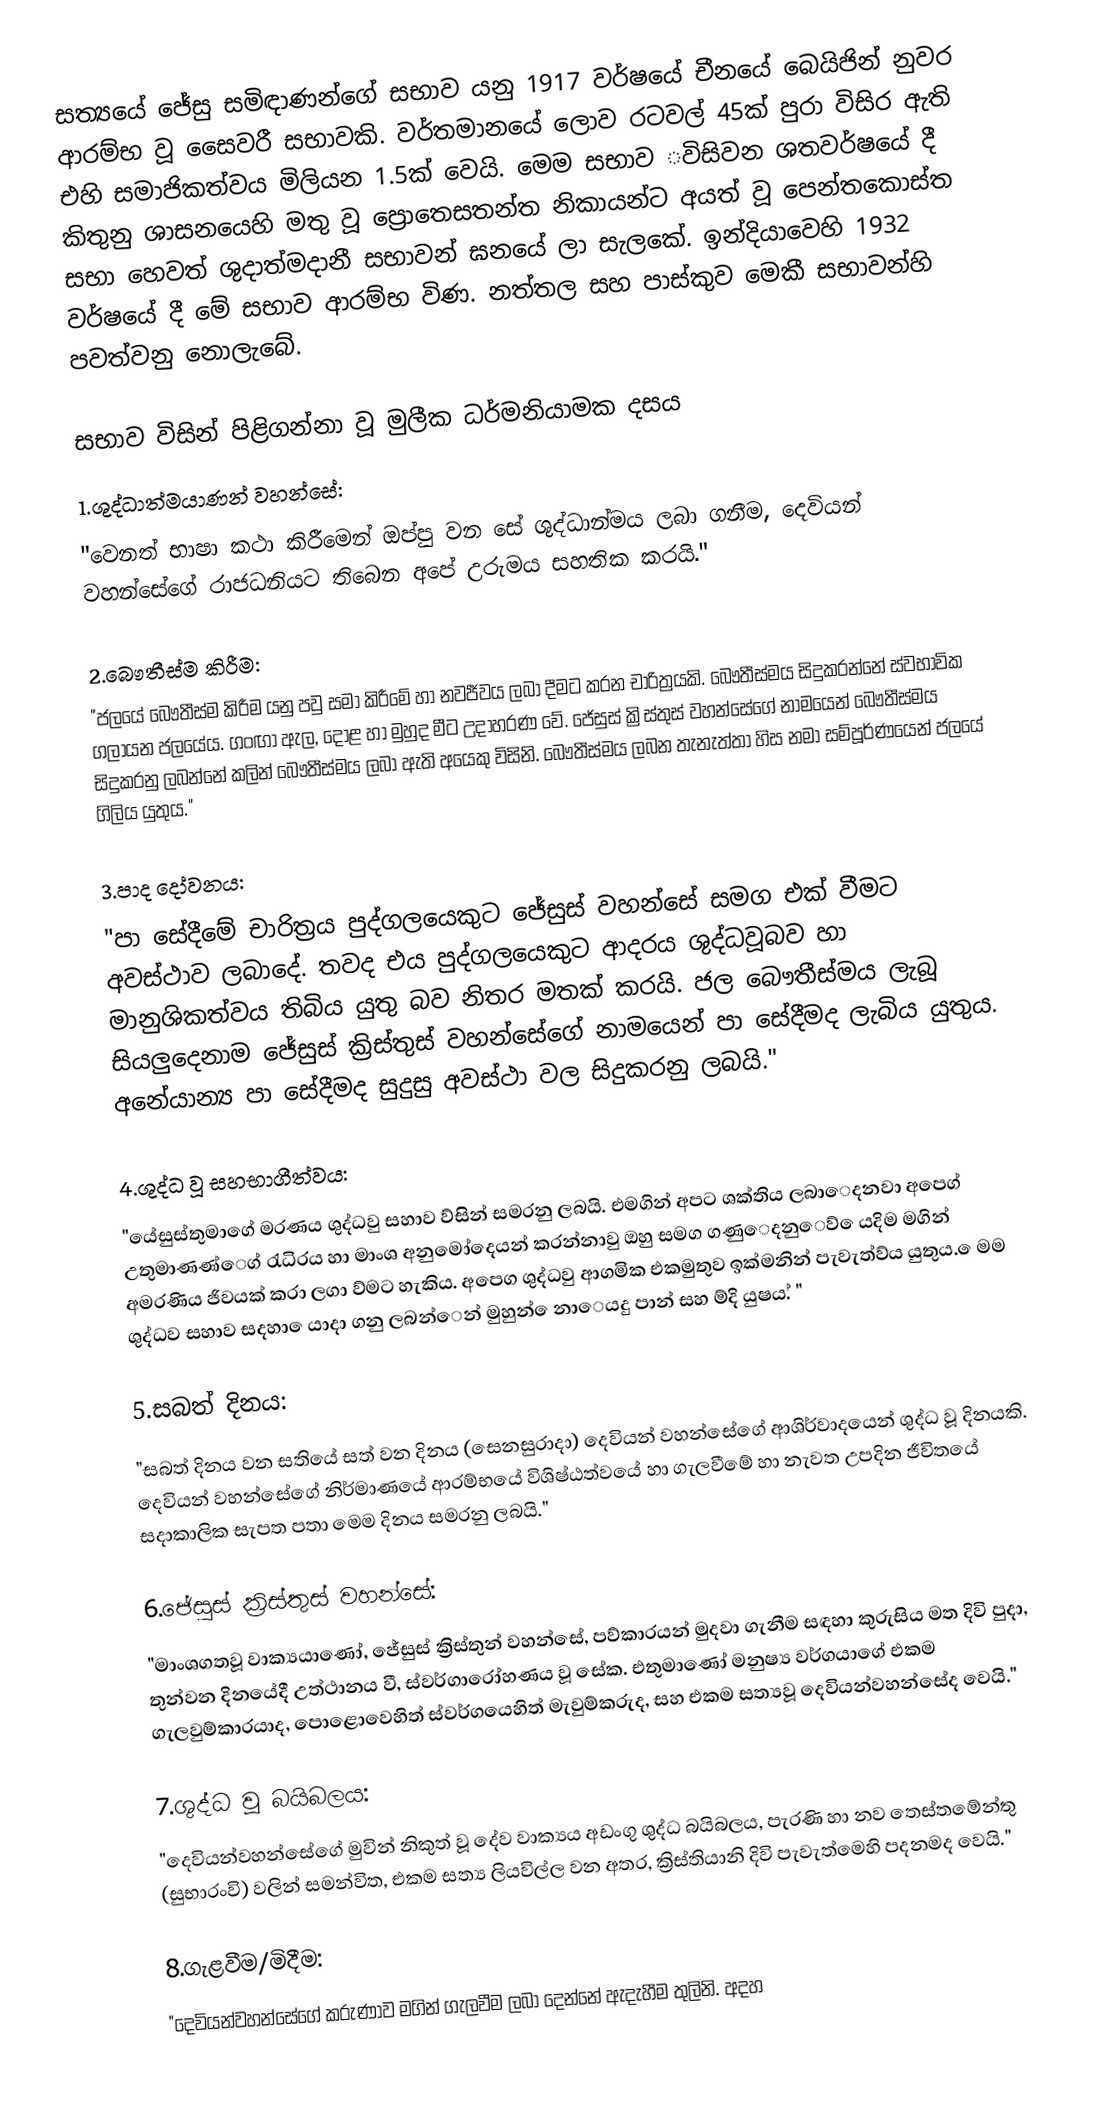
සත්‍යයේ ජේසු සමිඳාණන්ගේ සභාව යනු 1917 වර්ෂ‌යේ චීන‌යේ ‌බෙයිජින් නුවර ආරම්භ වූ ‌සෛවරී සභාවකි. වර්තමාන‌යේ ‌ලොව රටවල් 45ක් පුරා විසිර ඇති එහි සමාජිකත්වය මිලියන 1.5ක් ‌වෙයි. ‌මෙම සභාව ‌‌විසිවන ශතවර්ෂ‌යේ දී කිතුනු ශාසන‌යෙහි මතු වූ ප්‍රො‌තෙසතන්ත නිකායන්ට අයත් වූ පෙන්ත‌කොස්ත සභා ‌හෙවත් ශුදාත්මදානී සභාවන් ඝන‌යේ ලා සැලකේ. ඉන්දියාවෙහි 1932 වර්ෂයේ දී මේ සභාව ආරම්භ විණ. නත්තල සහ පාස්කුව මෙකී සභාවන්හි පවත්වනු නොලැබේ.

සභාව විසින් පිළිගන්නා වූ මුලීක ධර්මනියාමක දසය
1.ශුද්ධාත්මයාණන් වහන්සේ:
"වෙනත් භාෂා කථා කිරීමෙන් ඔප්පු වන සේ ශුද්ධාන්මය ලබා ගනීම, දෙවියන් වහන්සේගේ රාජධනියට තිබෙන අපේ උරුමය සහතික කරයි."

2.බෞතීස්ම කිරීම:
"ජලයේ බෞතීස්ම කිරීම යනු පවු සමා කිරීමේ හා නවජීවය ලබා දීමට කරන චාරිත්‍රයකි. බෞතීස්මය සිදුකරන්නේ ස්වභාවික ගලායන ජලයේය. ගංඟා ඇල, දොළ හා මුහුද මීට උදාහරණ වේ. ජේසුස් ක්‍රිස්තුස් වහන්සේගේ නාමයෙන් බෞතීස්මය සිදුකරනු ලබන්නේ කලින් බෞතීස්මය ලබා ඇති අයෙකු විසිනි. බෞතීස්මය ලබන තැනැත්තා හිස නමා සම්පූර්ණයෙන් ජලයේ ගිලිය යුතුය."

3.පාද දෝවනය:
"පා සේදීමේ චාරිත්‍රය පුද්ගලයෙකුට ජේසුස් වහන්සේ සමග එක් වීමට අවස්ථාව ලබාදේ. තවද එය පුද්ගලයෙකුට ආදරය ශුද්ධවූබව හා මානුශිකත්වය තිබිය යුතු බව නිතර මතක් කරයි. ජල බෞතීස්මය ලැබූ සියලුදෙනාම ජේසුස් ක්‍රිස්තුස් වහන්සේගේ නාමයෙන් පා සේදීමද ලැබිය යුතුය. අනෙ‍්‍යාන්‍ය පා සේදීමද සුදුසු අවස්ථා වල සිදුකරනු ලබයි."

4.ශුද්ධ වූ සහභාගීත්වය:
"යේසුස්තුමාගේ මරණය ශුද්ධවු සහාව ව්සින් සමරනු ලබයි. එමගින් අපට ශක්තිය ලබාෙදනවා අපෙග් උතුමාණණ්ෙග් රැධිරය හා මාංශ අනුෙමා්දෙයන් කරන්නාවු ඔහු සමග ගණුෙදනුෙව් ෙයදිම මගින් අමරණිය ජිවයක් කරා ලගා ව්මට හැකිය. අපෙග ශුද්ධවු ආගමික එකමුතුව ඉක්මනින් පැවැත්ව්ය යුතුය. ෙමම ශුද්ධව සහාව සදහා ෙයාදා ගනු ලබන්ෙන් මුහුන් ෙනාෙයදු පාන් සහ ම්දි යුෂය.් "

5.සබත් දිනය:
"සබත් දිනය වන සතියේ සත් වන දිනය (සෙනසුරාදා) දෙවියන් වහන්සේගේ ආශිර්වාදයෙන් ශුද්ධ වූ දිනයකි. දෙවියන් වහන්සේගේ නිර්මාණයේ ආරම්භයේ විශිෂ්ඨත්වයේ හා ගැලවීමේ හා නැවත උපදින ජීවිතයේ සදාකාලික සැපත පතා මෙම දිනය සමරනු ලබයි."

6.ජේසුස් ක්‍රිස්තුස් වහන්සේ:
"මාංශගතවූ වාක්‍යයාණෝ, ජේසුස් ක්‍රිස්තුන් වහන්සේ, පව්කාරයන් මුදවා ගැනීම සඳහා කුරුසිය මත දිවි පුදා, තුන්වන දිනයේදී උත්ථානය වී, ස්වර්ගාරෝහණය වූ සේක. එතුමාණෝ මනුෂ්‍ය වර්ගයාගේ එකම ගැලවුම්කාරයාද, පොළොවෙහිත් ස්වර්ගයෙහිත් මැවුම්කරුද, සහ එකම සත්‍යවූ දෙවියන්වහන්සේද වෙයි."

7.ශුද්ධ වූ බයිබලය:
"දෙවියන්වහන්සේගේ මුවින් නිකුත් වූ දේව වාක්‍යය අඩංගු ශුද්ධ බයිබලය, පැරණි හා නව තෙස්තමේන්තු (සුභාරංවි) වලින් සමන්විත, එකම සත්‍ය ලියවිල්ල වන අතර, ක්‍රිස්තියානි දිවි පැවැත්මෙහි පදනමද වෙයි."

8.ගැළවීම/මිදීම:
"දෙවියන්වහන්සේගේ කරුණාව මගින් ගැලවීම ලබා දෙන්නේ ඇදැහීම තුලිනි. අදහ